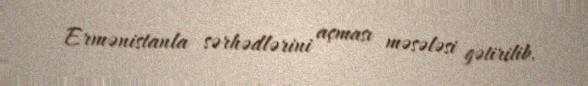
Ermənistanla sərhədlərini açması məsələsi gətirilib.